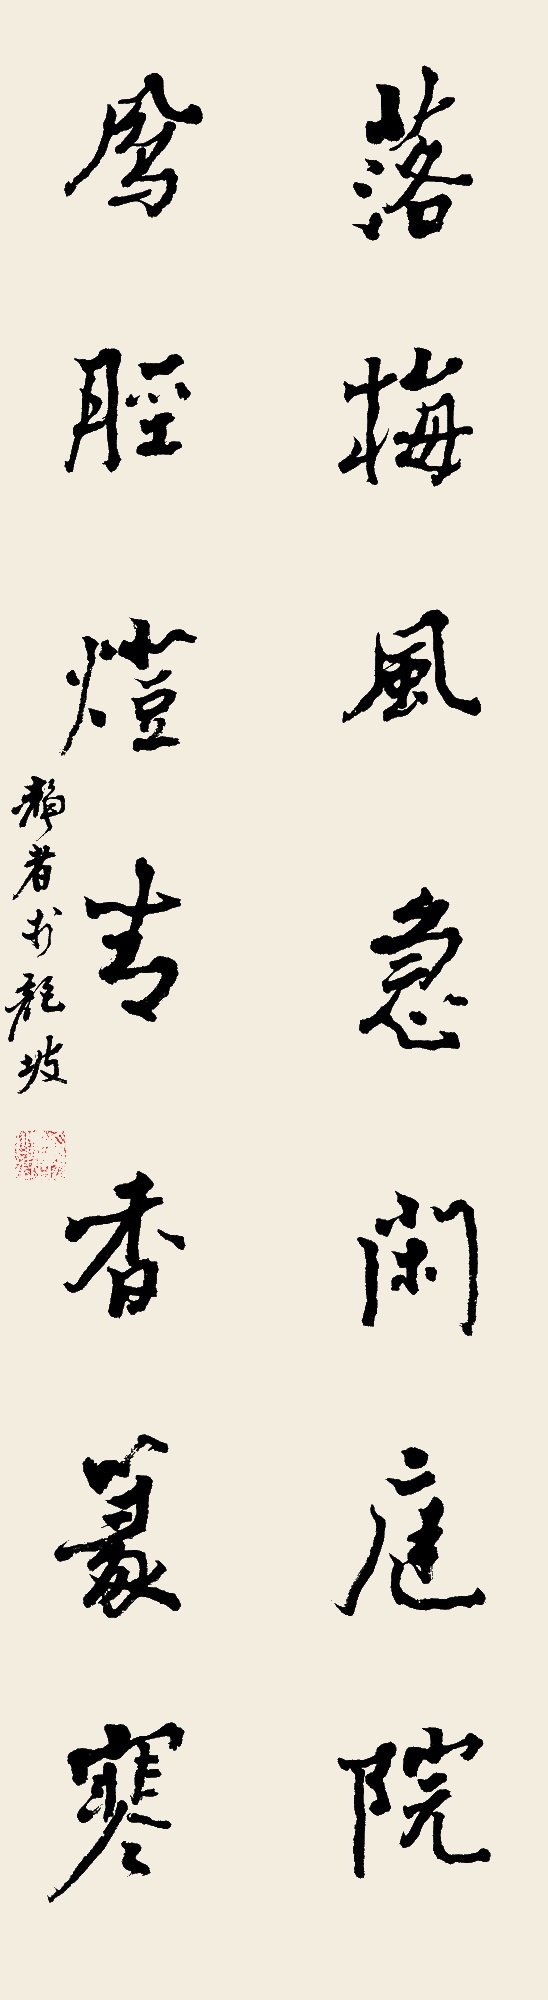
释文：落梅风急闲庭院，凤胫灯青香篆寒。静者书龙坡。